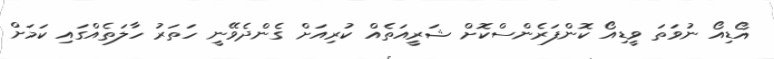
އޯޑިއޯ ނުވަތަ ވީޑިއޯ ކޮންފަރެންސްކޮށް ޝަރީއަތެއް ކުރިއަށް ގެންދެވޭނީ ހަތަރު ހާލަތެއްގައި ކަމަށް